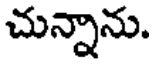
చున్నాను.